Vaccination in Bombay 1889-1901 - 1889-1901
Year: 1889
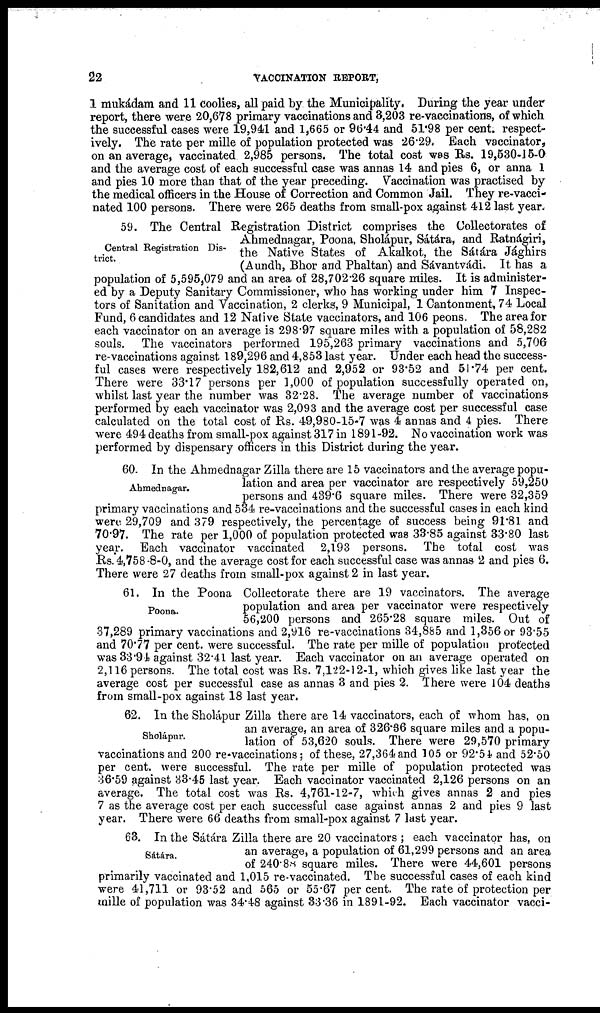
22
VACCINATION REPORT,
1 mukádam and 11 coolies, all paid by the Municipality. During the year under
report, there were 20,678 primary vaccinations and 3,203 re-vaccinations, of which
the successful cases were 19,941 and 1,665 or 96.44 and 51.98 per cent. respect-
ively. The rate per mille of population protected was 26.29. Each vaccinator,
on an average, vaccinated 2,985 persons. The total cost was Rs. 19,530-15-0
and the average cost of each successful case was annas 14 and pies 6, or anna 1
and pies 10 more than that of the year preceding. Vaccination was practised by
the medical officers in the House of Correction and Common Jail. They re-vacci-
nated 100 persons. There were 265 deaths from small-pox against 412 last year.
Central Registration Dis-
trict.
59. The Central Registration District comprises the Collectorates of
Ahmednagar, Poona, Sholápur, Sátára, and Ratnágiri,
the Native States of Akalkot, the Sátára Jághirs
(Aundh, Bhor and Phaltan) and Sávantvádi. It has a
population of 5,595,079 and an area of 28,702.26 square miles. It is administer-
ed by a Deputy Sanitary Commissioner, who has working under him 7 Inspec-
tors of Sanitation and Vaccination, 2 clerks, 9 Municipal, 1 Cantonment, 74 Local
Fund, 6 candidates and 12 Native State vaccinators, and 106 peons. The area for
each vaccinator on an average is 298.97 square miles with a population of 58,282
souls. The vaccinators performed 195,263 primary vaccinations and 5,706
re-vaccinations against 189,296 and 4,853 last year. Under each head the success-
ful cases were respectively 182,612 and 2,952 or 93.52 and 51.74 per cent.
There were 33.17 persons per 1,000 of population successfully operated on,
whilst last year the number was 32.28. The average number of vaccinations
performed by each vaccinator was 2,093 and the average cost per successful case
calculated on the total cost of Rs. 49,980-15-7 was 4 annas and 4 pies. There
were 494 deaths from small-pox against 317 in 1891-92. No vaccination work was
performed by dispensary officers in this District during the year.
Ahmednagar.
60. In the Ahmednagar Zilla there are 15 vaccinators and the average popu-
lation and area per vaccinator are respectively 59,250
persons and 439.6 square miles. There were 32,359
primary vaccinations and 534 re-vaccinations and the successful cases in each kind
were 29,709 and 379 respectively, the percentage of success being 91.81 and
70.97. The rate per 1,000 of population protected was 33.85 against 33.80 last
year. Each vaccinator vaccinated 2,193 persons. The total cost was
Rs. 4,758-8-0, and the average cost for each successful case was annas 2 and pies 6.
There were 27 deaths from small-pox against 2 in last year.
Poona.
61. In the Poona Collectorate there are 19 vaccinators. The average
population and area per vaccinator were respectively
56,200 persons and 265.28 square miles. Out of
37,289 primary vaccinations and 2,916 re-vaccinations 34,885 and 1,356 or 93.55
and 70.77 per cent. were successful. The rate per mille of population protected
was 33.94 against 32.41 last year. Each vaccinator on an average operated on
2,116 persons. The total cost was Rs. 7,122-12-1, which gives like last year the
average cost per successful case as annas 3 and pies 2. There were 104 deaths
from small-pox against 18 last year.
Sholápur.
62. In the Sholápur Zilla there are 14 vaccinators, each of whom has, on
an average, an area of 326.36 square miles and a popu-
lation of 53,620 souls. There were 29,570 primary
vaccinations and 200 re-vaccinations ; of these, 27,364 and 105 or 92.54 and 52.50
per cent. were successful. The rate per mille of population protected was
36.59 against 33.45 last year. Each vaccinator vaccinated 2,126 persons on an
average. The total cost was Rs. 4,761-12-7, which gives annas 2 and pies
7 as the average cost per each successful case against annas 2 and pies 9 last
year. There were 66 deaths from small-pox against 7 last year.
Sátára.
63. In the Sátára Zilla there are 20 vaccinators ; each vaccinator has, on
an average, a population of 61,299 persons and an area
of 240.88 square miles. There were 44,601 persons
primarily vaccinated and 1,015 re-vaccinated. The successful cases of each kind
were 41,711 or 93.52 and 565 or 55.67 per cent. The rate of protection per
mille of population was 34.48 against 33.36 in 1891-92. Each vaccinator vacci¬